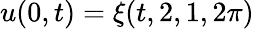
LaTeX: u(0,t)=\xi(t,2,1,2\pi)